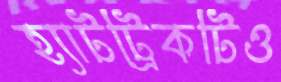
হ্যাটট্রিকটিও